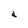
Character: a